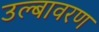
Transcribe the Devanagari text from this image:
उल्बावरण